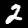
Digit: 2